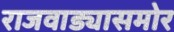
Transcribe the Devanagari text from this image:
राजवाड्यासमोर